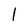
Character: l